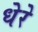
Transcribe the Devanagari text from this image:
धेरे